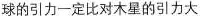
球的引力一定比对木星的引力大